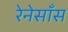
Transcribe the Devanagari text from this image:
रेनेसाँस